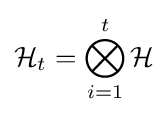
{\mathcal {H}}_{t}=\displaystyle \bigotimes _{i=1}^{t}{\mathcal {H}}